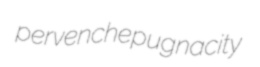
pervenche pugnacity